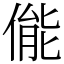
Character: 㑷